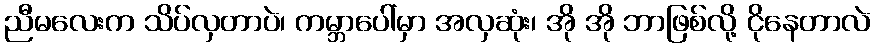
ညီမလေးက သိပ်လှတာပဲ၊ ကမ္ဘာပေါ်မှာ အလှဆုံး၊ အို အို ဘာဖြစ်လို့ ငိုနေတာလဲ